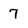
Character: 7